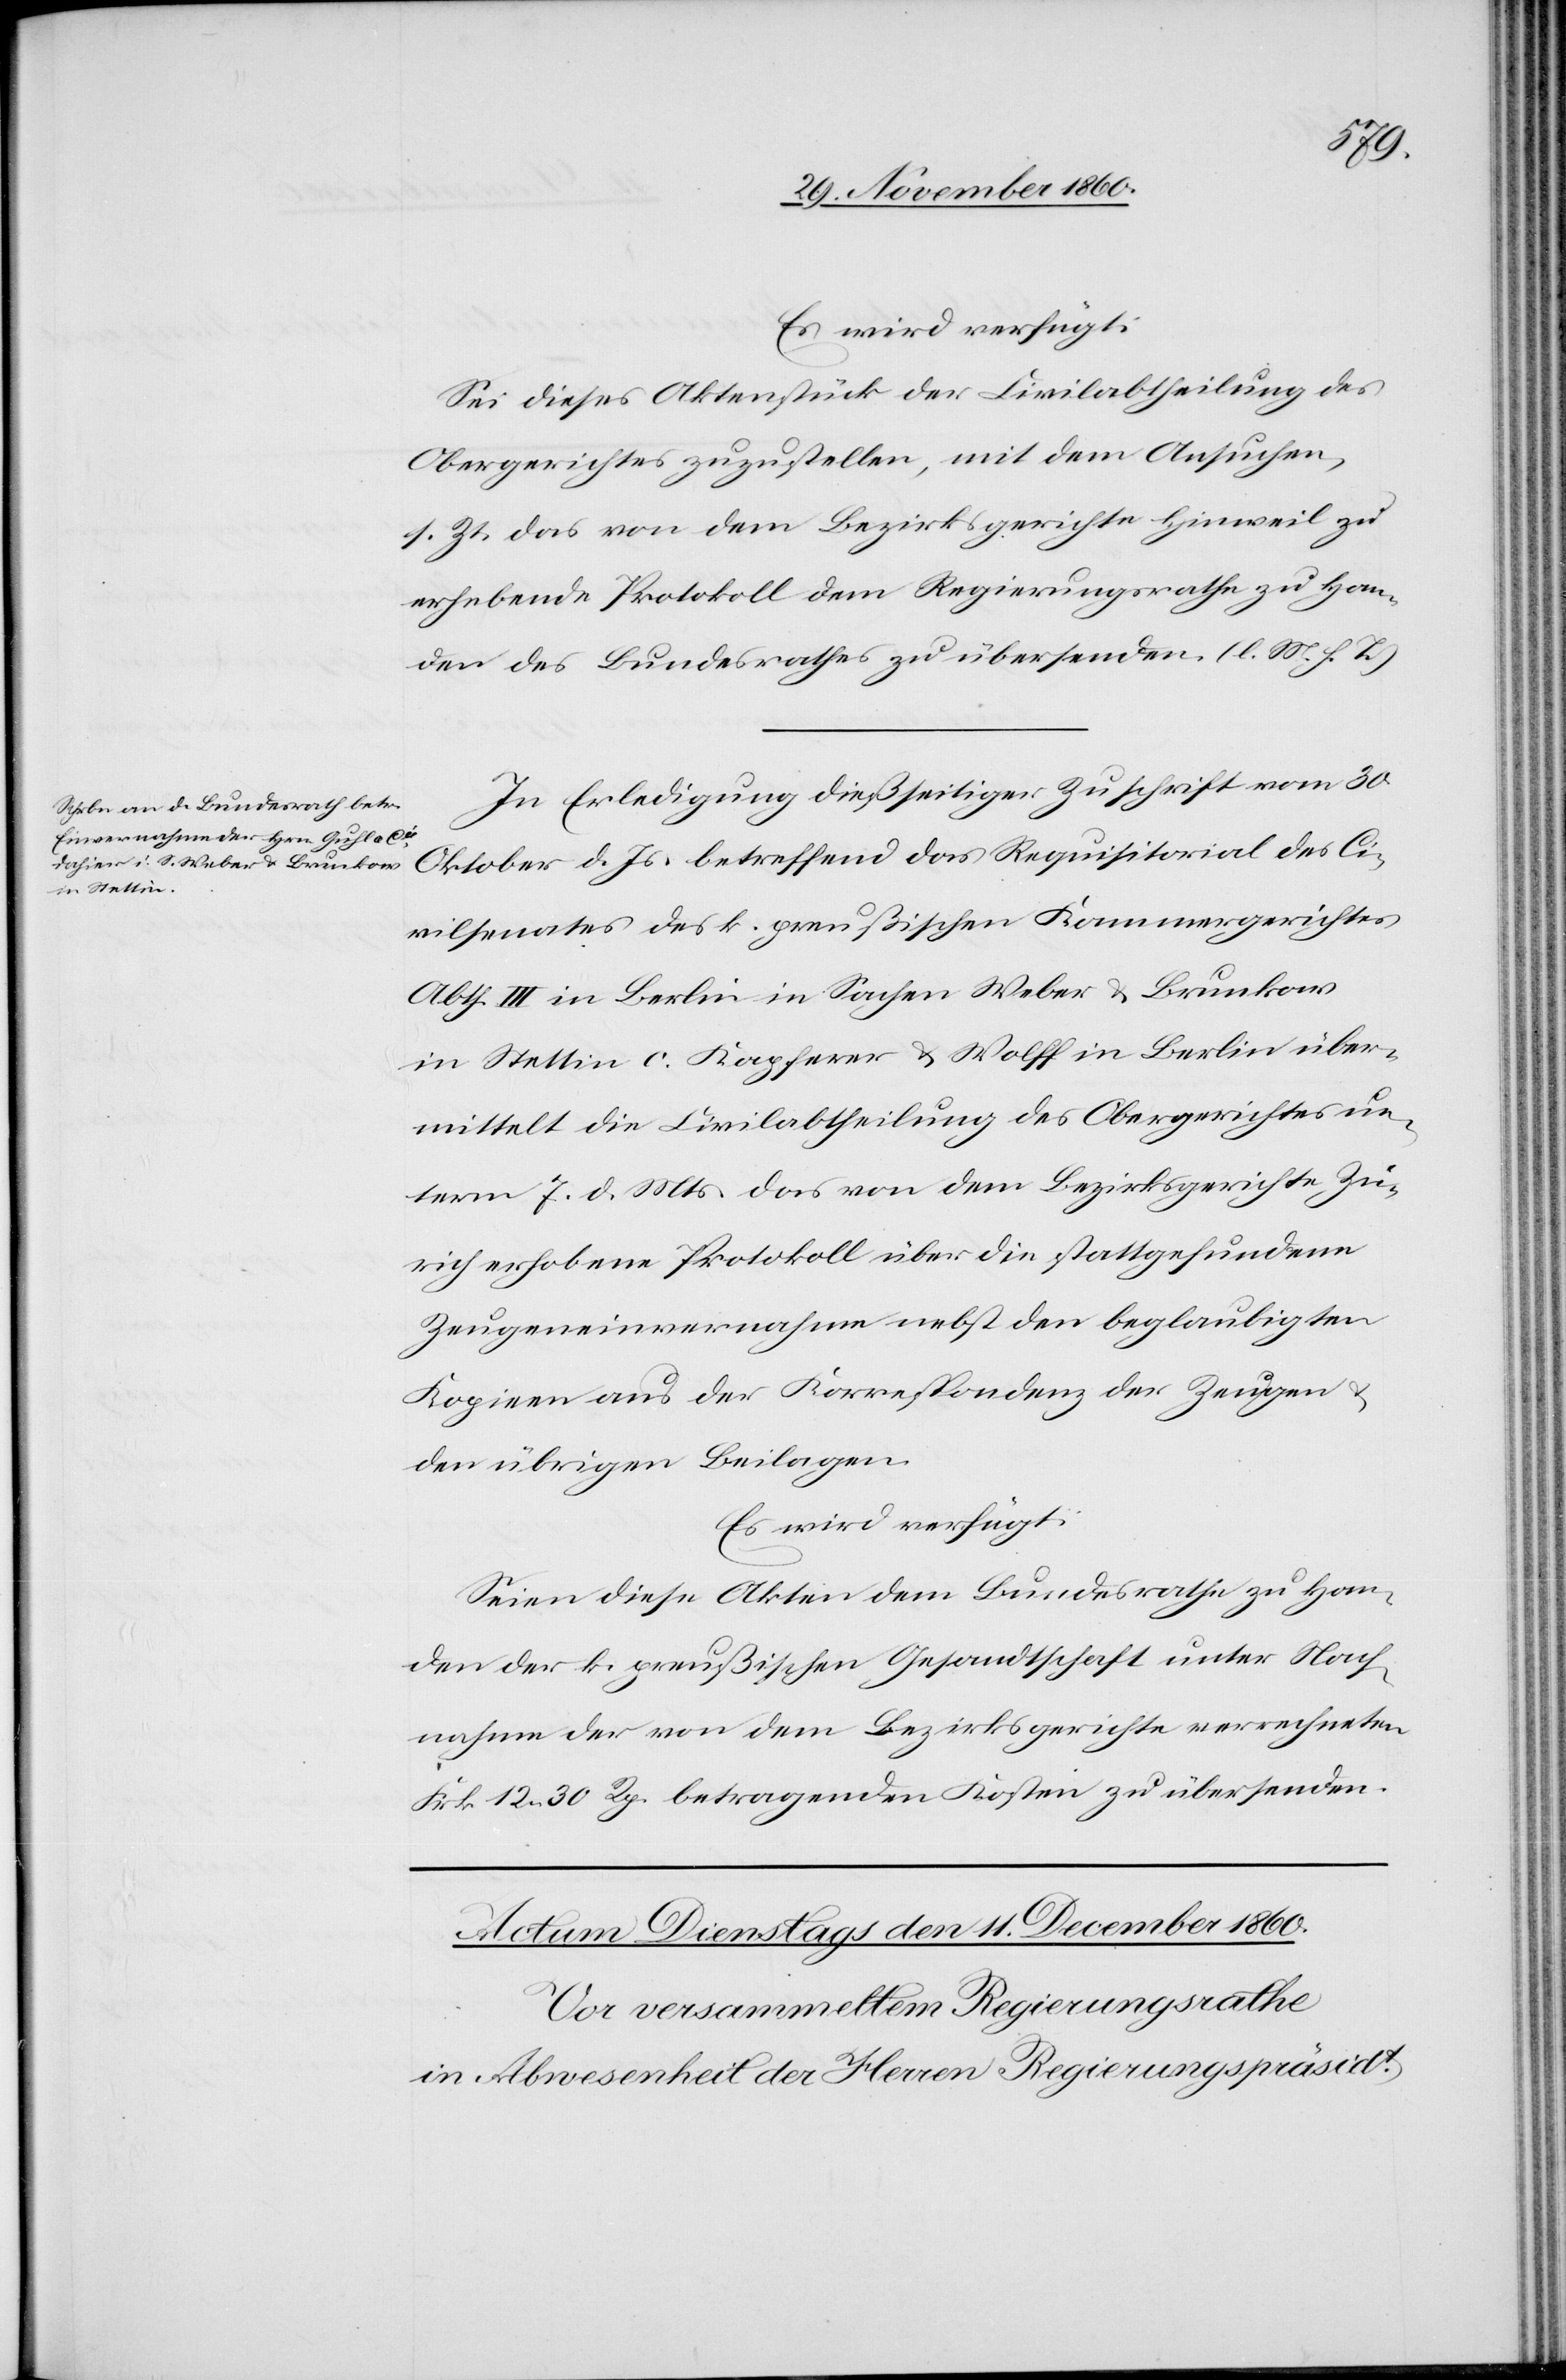
den
10. December 1860.]
Es wird verfügt:
Sei dieses Aktenstück der Civilabtheilung des
Obergerichtes zuzustellen, mit dem Ansuchen,
s. Zt. das von dem Bezirksgerichte Hinweil zu
erhebende Protokoll dem Regierungsrathe zu Han¬
den des Bundesrathes zu übersenden. (l. M. h. T.)
In Erledigung dießseitiger Zuschrift vom 30.
Oktober d. Js. betreffend das Requisitorial des Ci¬
vilsenates des k. preußischen Kammergerichtes
Abth. III in Berlin in Sachen Weber u. Brunkow
in Stettin c. Kapferer u. Wolff in Berlin über¬
mittelt die Civilabtheilung des Obergerichtes un¬
term 7. d. Mts. das von dem Bezirksgerichte Zü¬
rich erhobene Protokoll über die stattgefundene
Zeugeinvernahme nebst den beglaubigten
Kopien aus der Korrespondenz der Zeugen u.
den übrigen Beilagen.
Es wird verfügt:
Seien diese Akten dem Bundesrathe zu Han¬
den der k. preußischen Gesandtschaft unter Nach¬
nahme der von dem Bezirksgerichte verrechneten
Frk. 12 30 Rp. betragenden Kosten zu übersenden.